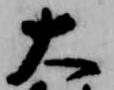
大